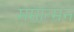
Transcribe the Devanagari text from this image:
ममात्मन